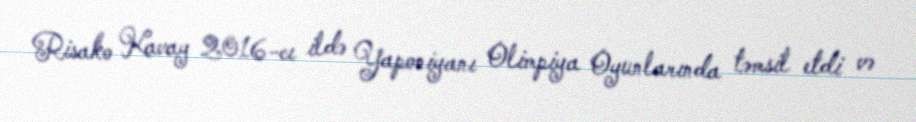
Risako Kavay 2016-cı ildə Yaponiyanı Olimpiya Oyunlarında təmsil etdi və